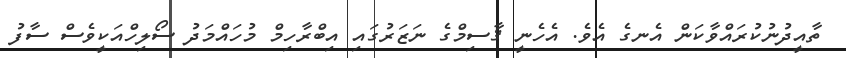
ތާއީދުނުކުރައްވާކަން އެނގެ އެވެ. އެހެނީ ޤާސިމްގެ ނަޒަރުގައިި އިބްރާހިމް މުހައްމަދު ސޯލިހްއަކީވެސް ސާފު